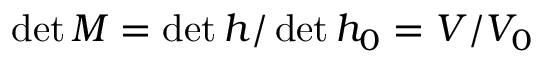
\operatorname* { d e t } M = \operatorname* { d e t } h / \operatorname* { d e t } h _ { 0 } = V / V _ { 0 }